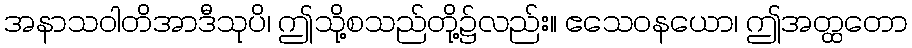
အနာသဝါတိအာဒီသုပိ၊ ဤသို့စသည်တို့၌လည်း။ ဧသေဝနယော၊ ဤအတ္ထတော